Lock hospitals Punjab
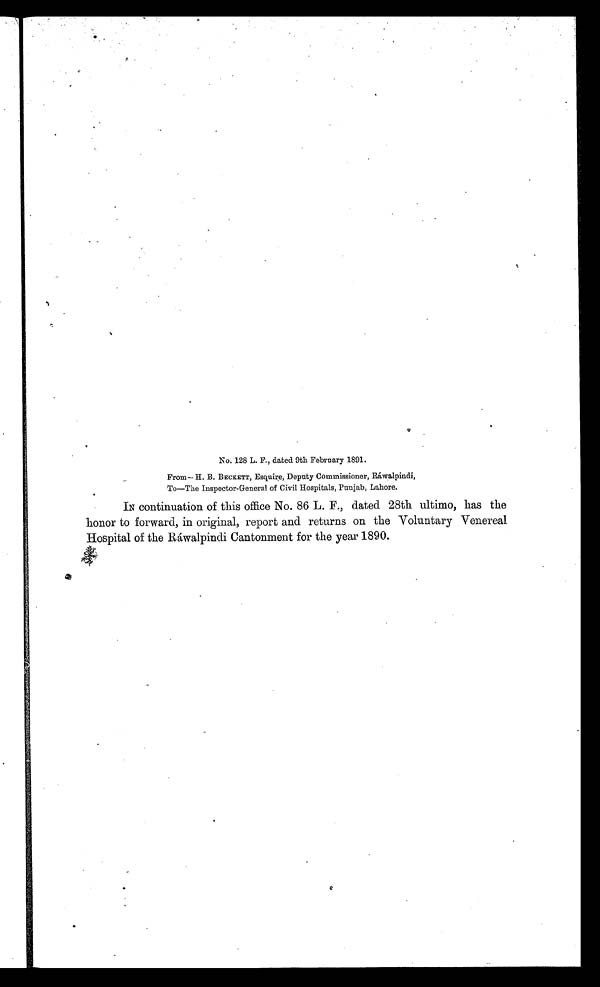
No. 128 L. F., dated 9th February 1891.
From— H. B. BECKETT, Esquire, Deputy Commissioner, Ráwalpindi,
To—The Inspector-General of Civil Hospitals, Punjab, Lahore.
IN continuation of this office No. 86 L. F., dated 28th ultimo, has the
honor to forward, in original, report and returns on the Voluntary Venereal
Hospital of the Ráwalpindi Cantonment for the year 1890.